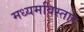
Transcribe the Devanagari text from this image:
मध्यमविस्तार